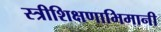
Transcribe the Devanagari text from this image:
स्त्रीशिक्षणाभिमानी